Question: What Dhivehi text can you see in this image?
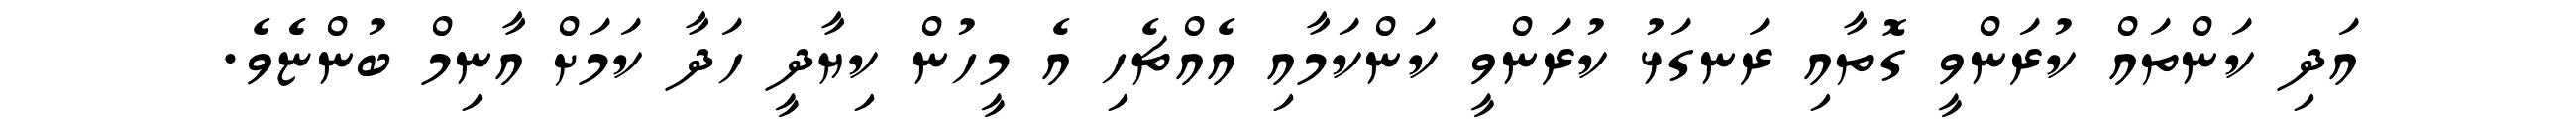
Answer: އަދި ކަންތައް ކުރަންވީ ގޮތާއި ރަނގަޅު ކުރަންވީ ކަންކަމާއި އެއްޗެހި އެ މީހުން ކިޔާދީ ހަދާ ކަމަށް އާނިމް ބުންޏެެވެ.